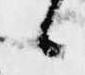
候